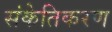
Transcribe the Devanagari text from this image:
संकेतिकरण